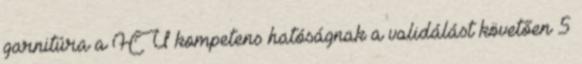
garnitúra a HU kompetens hatóságnak a validálást követően 5